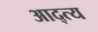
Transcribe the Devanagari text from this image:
आद्त्य